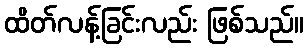
ထိတ်လန့်ခြင်းလည်း ဖြစ်သည်။